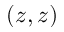
( z , z )